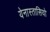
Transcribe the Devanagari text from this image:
येनास्तासियो